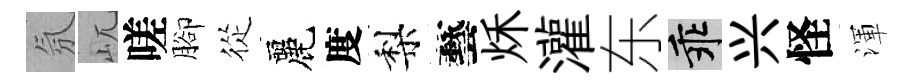
氛屼嗟腳從麗度梨藝秌灌东乖兴怪渾